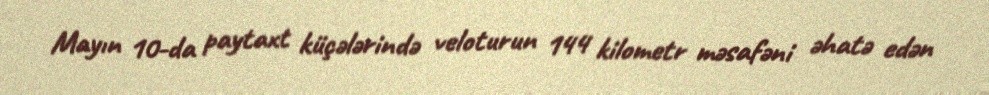
Mayın 10-da paytaxt küçələrində veloturun 144 kilometr məsafəni əhatə edən